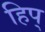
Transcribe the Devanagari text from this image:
हिप्